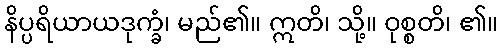
နိပ္ပရိယာယဒုက္ခံ၊ မည်၏။ ဣတိ၊ သို့။ ဝုစ္စတိ၊ ၏။